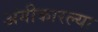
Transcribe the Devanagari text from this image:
अंगीकारल्या